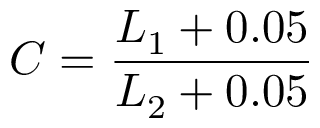
C = \frac { L _ { 1 } + 0 . 0 5 } { L _ { 2 } + 0 . 0 5 }